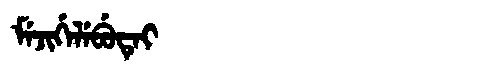
Manchu: ᠮᡝᠵᡳᡤᡝᠯᡝᠪᡠᡨᡝᡳ
Romanization: MEJIGELEBUTEI